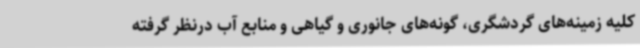
کلیه زمینه‌های گردشگری، گونه‌های جانوری و گیاهی و منابع آب درنظر گرفته